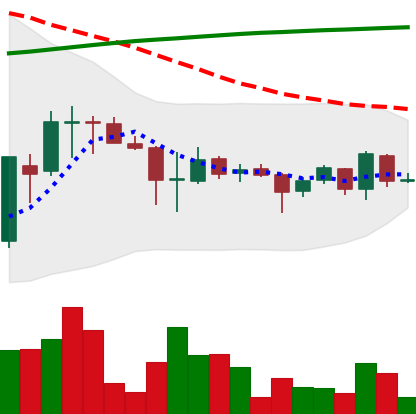
Ticker: EOS-USD
Chart end date: 2018-04-07
Forward return: 47.299%
Label: up_7plus